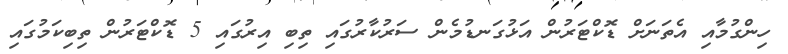
ހިންގުމާއި އެތަނަށް ޑޮކްޓަރުން އަޅުގަނޑުމެން ސަރުކާރުގައި ތިބި އިރުގައި 5 ޑޮކްޓަރުން ތިބިކަމުގައި